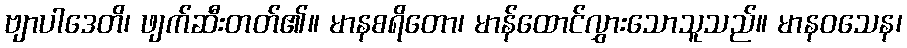
ဗျာပါဒေတိ၊ ဖျက်ဆီးတတ်၏။ မာနစရိတော၊ မာန်ထောင်လွှားသောသူသည်။ မာနဝသေန၊